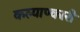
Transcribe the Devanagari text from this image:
कल्याण्कारी